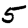
Digit: 5